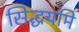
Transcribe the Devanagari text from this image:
सिद्धयमि